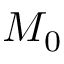
M _ { 0 }